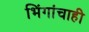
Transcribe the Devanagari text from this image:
भिंगांचाही